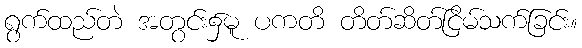
ရွက်ထည်တဲ အတွင်း၌မူ ပကတိ တိတ်ဆိတ်ငြိမ်သက်ခြင်း။